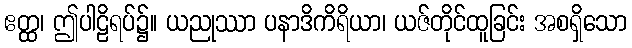
ဧတ္ထ၊ ဤပါဠိရပ်၌။ ယညုဿာ ပနာဒိကိရိယာ၊ ယဇ်တိုင်ထူခြင်း အစရှိသော